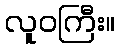
လူဝကြီး။